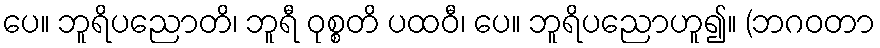
ပေ။ ဘူရိပညောတိ၊ ဘူရီ ဝုစ္စတိ ပထဝီ၊ ပေ။ ဘူရိပညောဟူ၍။ (ဘဂဝတာ